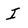
Character: I